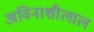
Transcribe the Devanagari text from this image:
अविनाशीलाल